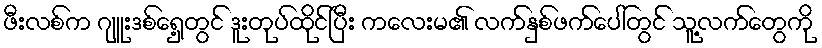
ဖီးလစ်က ဂျူးဒစ်ရှေ့တွင် ဒူးတုပ်ထိုင်ပြီး ကလေးမ၏ လက်နှစ်ဖက်ပေါ်တွင် သူ့လက်တွေကို